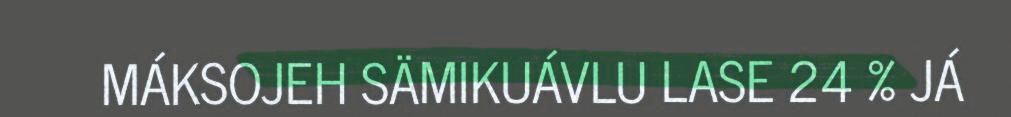
MÁKSOJEH SÄMIKUÁVLU LASE 24 % JÁ